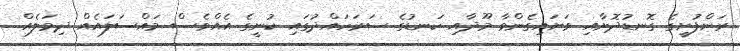
ރަންފުށީގެ ގޮނޑުދޮށާއި ވަށައިގެންވާ މޫދާއި ކަނޑުގެ ސަރަހައްދުގައި ކުނީގެ އެއްވެސް މައްސަލައެއް ދިމަލެއް